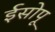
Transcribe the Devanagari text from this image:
ईसोपू